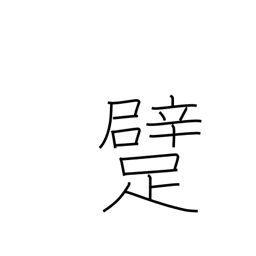
Meaning: crawl